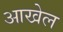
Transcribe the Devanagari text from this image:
आखेल